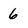
Character: 6